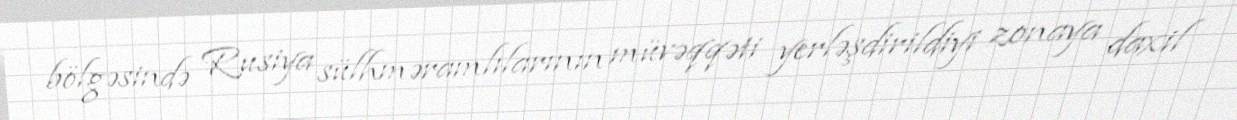
bölgəsində Rusiya sülhməramlılarının müvəqqəti yerləşdirildiyi zonaya daxil